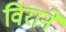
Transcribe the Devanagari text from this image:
विराने